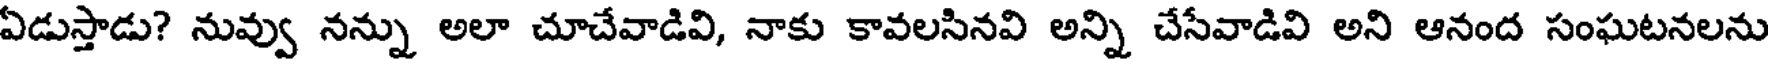
ఏడుస్తాడు? నువ్వు నన్ను అలా చూచేవాడివి, నాకు కావలసినవి అన్ని చేసేవాడివి అని ఆనంద సంఘటనలను